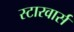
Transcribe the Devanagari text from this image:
स्टारवार्स